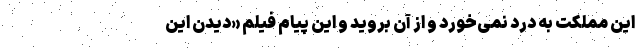
این مملکت به درد نمی‌خورد و از آن بروید و این پیام فیلم «دیدن این